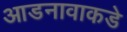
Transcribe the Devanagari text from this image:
आडनावाकडे